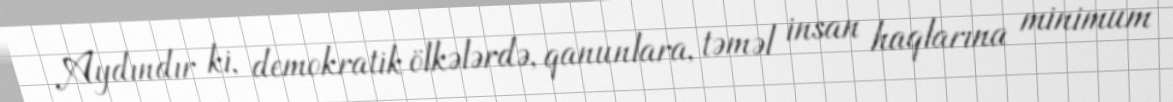
Aydındır ki, demokratik ölkələrdə, qanunlara, təməl insan haqlarına minimum